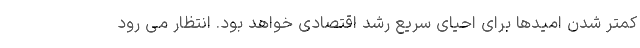
کمتر شدن امیدها برای احیای سریع رشد اقتصادی خواهد بود. انتظار می رود